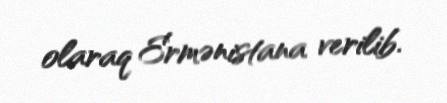
olaraq Ermənistana verilib.